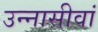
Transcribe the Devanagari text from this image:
उन्नासीवां